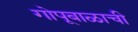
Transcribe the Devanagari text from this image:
गोपूबाळाची